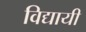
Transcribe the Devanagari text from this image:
विद्यायी